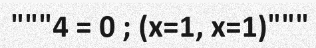
"""4 = 0 ; (x=1, x=1)"""